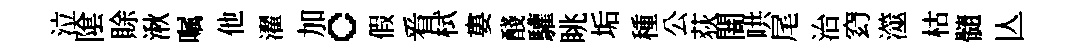
泣隂賖湫嘱他濯加。假㸔栻婁醆驩眺垢種公荻闇哄尾治𥥆澨枯髓亾